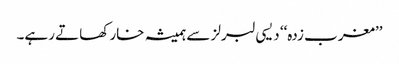
’’مغرب زدہ‘‘ دیسی لبرلز سے ہمیشہ خار کھاتے رہے۔